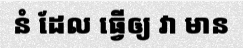
នំ ដែល ធ្វើឲ្យ វា មាន